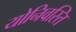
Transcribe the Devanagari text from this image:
योनिवस्ति